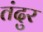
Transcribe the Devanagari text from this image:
तंदुर